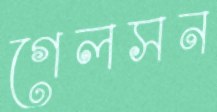
গেলসন